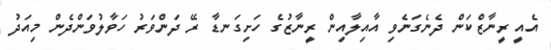
އެއީ ރީނާޒްކަން ދެނެގަނެވި އާއިލާއިން ރީނާޒުގެ ހަށިގަނޑާ ރޭ ދަންވަރު ހަވާލުވަންދެން މިއަދު